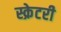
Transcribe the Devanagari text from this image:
स्क्रेटरी